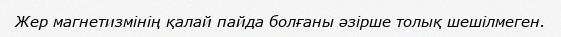
Жер магнетизмінің қалай пайда болғаны әзірше толық шешілмеген.